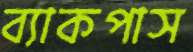
ব্যাকপাস